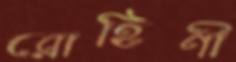
রোহিণী